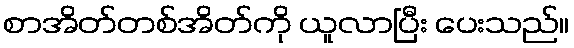
စာအိတ်တစ်အိတ်ကို ယူလာပြီး ပေးသည်။